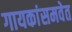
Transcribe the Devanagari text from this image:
गायकांसमवेत